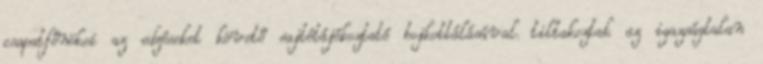
csapatfőnökei az edzéseket követő sajtótájékoztató bojkottálásával tiltakoztak az igazságtalan